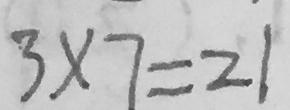
3 \times 7 = 2 1